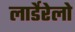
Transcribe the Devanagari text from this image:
लार्डेरेलो